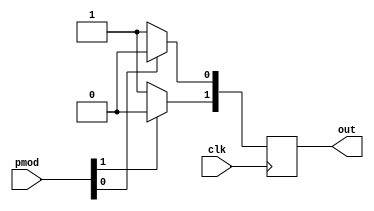
`timescale 1ns / 1ps
//////////////////////////////////////////////////////////////////////////////////
// Company: 
// Engineer: 
// 
// Design Name: 
// Module Name: breadboard
// Project Name: 
// Target Devices: 
// Tool Versions: 
// Description: 
// 
// Dependencies: 
// 
// Revision:
// Revision 0.01 - File Created
// Additional Comments:
// 
//////////////////////////////////////////////////////////////////////////////////


module breadboard(
    input [1:0] pmod,
    input clk,
    output reg [1:0] out
    );
    
    always @ (posedge clk)
    begin
        if(pmod[0])
            out[0] <= 0;
        else
            out[0] <= 1;
            
        if(pmod[1])
            out[1] <= 0;
        else
            out[1] <= 1;
    end
    
endmodule